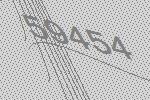
59454